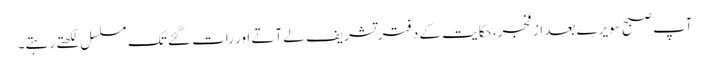
آپ صبح سویرے بعد از فجر، حکایت کے دفتر تشریف لے آتے اور رات گئے تک مسلسل لکھتے رہتے۔